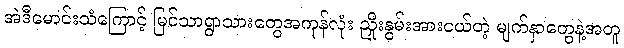
အဲဒီမောင်းသံကြောင့် မြင်သာရွာသားတွေအကုန်လုံး ညှိုးနွမ်းအားငယ်တဲ့ မျက်နှာတွေနဲ့အတူ